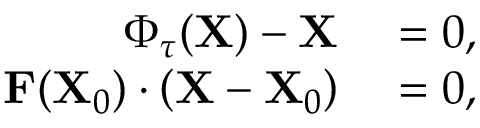
\begin{array} { r l } { \boldsymbol { \Phi } _ { \tau } ( \mathbf { X } ) - \mathbf { X } } & { { } = 0 , } \\ { \mathbf { F } ( \mathbf { X } _ { 0 } ) \cdot \left( \mathbf { X } - \mathbf { X } _ { 0 } \right) } & { { } = 0 , } \end{array}